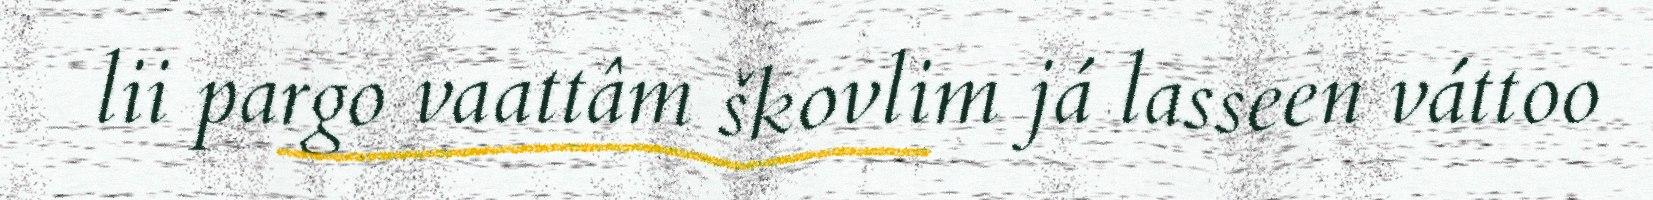
lii pargo vaattâm škovlim já lasseen váttoo